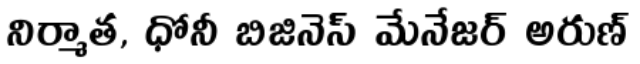
నిర్మాత, ధోనీ బిజినెస్ మేనేజర్ అరుణ్